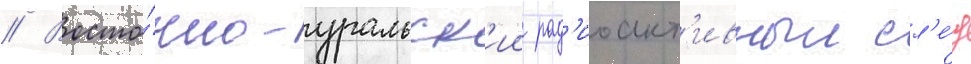
// Восто́чно-уральск'ии рад'иоакт'ивныи сл'е́д